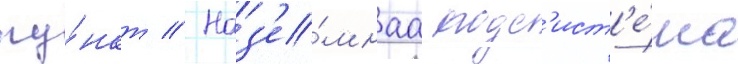
пу́нкт // Наз'е́мнаа подс'ист'е́ма